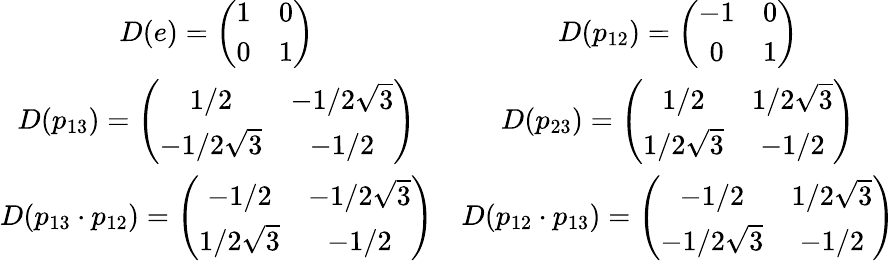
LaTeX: \begin{array}{cc}{{\def\arraystretch{1}D(e)=\left(\begin{array}{cc}{{1}}&{{0}}\\ {{0}}&{{1}}\end{array}\right)}}&{{D(p_{12})=\left(\begin{array}{cc}{{-1}}&{{0}}\\ {{0}}&{{1}}\end{array}\right)}}\\ {{D(p_{13})=\left(\begin{array}{cc}{{1/2}}&{{-1/2\sqrt{3}}}\\ {{-1/2\sqrt{3}}}&{{-1/2}}\end{array}\right)}}&{{D(p_{23})=\left(\begin{array}{cc}{{1/2}}&{{1/2\sqrt{3}}}\\ {{1/2\sqrt{3}}}&{{-1/2}}\end{array}\right)}}\\ {{D(p_{13}\cdot p_{12})=\left(\begin{array}{cc}{{-1/2}}&{{-1/2\sqrt{3}}}\\ {{1/2\sqrt{3}}}&{{-1/2}}\end{array}\right)}}&{{D(p_{12}\cdot p_{13})=\left(\begin{array}{cc}{{-1/2}}&{{1/2\sqrt{3}}}\\ {{-1/2\sqrt{3}}}&{{-1/2}}\end{array}\right)}}\end{array}